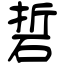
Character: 硩